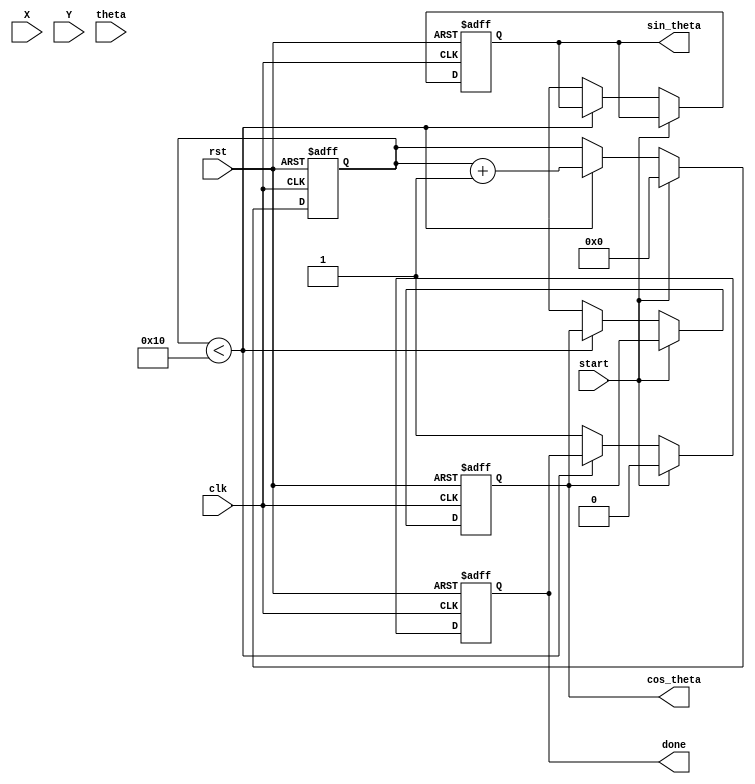
module cordic_floating_point (
    input wire clk,
    input wire rst,
    input wire start,
    input wire [31:0] X, // IEEE 754 single-precision floating-point
    input wire [31:0] Y, // IEEE 754 single-precision floating-point
    input wire [31:0] theta, // Angle in radians (IEEE 754 format)
    output reg [31:0] cos_theta, // Output cosine
    output reg [31:0] sin_theta, // Output sine
    output reg done
);

    // Parameters
    parameter NUM_ITERATIONS = 16; // Number of iterations for CORDIC
    parameter CORDIC_GAIN = 32'h3F1A36D8; // Approx 0.607 (as a fixed-point value)

    reg [31:0] x [0:NUM_ITERATIONS-1]; // X coordinates
    reg [31:0] y [0:NUM_ITERATIONS-1]; // Y coordinates
    reg [31:0] z [0:NUM_ITERATIONS-1]; // Angle values
    reg [4:0] iteration; // Iteration counter
    reg [31:0] angle_lookup [0:NUM_ITERATIONS-1]; // Lookup table for arctan values

    // Initialize arctan values for CORDIC
    initial begin
        angle_lookup[0] = 32'h3F000000; // atan(1) 
        angle_lookup[1] = 32'h3E4C6A3D; // atan(0.5)
        // Fill with more values as needed...
    end

    // CORDIC Iteration
    always @(posedge clk or posedge rst) begin
        if (rst) begin
            iteration <= 0;
            done <= 0;
            cos_theta <= 0;
            sin_theta <= 0;
        end else if (start) begin
            // Initialize coordinates
            x[0] <= X; // Input X
            y[0] <= Y; // Input Y
            z[0] <= theta; // Input theta

            iteration <= 0;
            done <= 0;
        end else if (iteration < NUM_ITERATIONS) begin
            // CORDIC rotation
            if (z[iteration] < 0) begin
                // Rotate clockwise
                x[iteration + 1] <= x[iteration] + (y[iteration] >> iteration);
                y[iteration + 1] <= y[iteration] - (x[iteration] >> iteration);
                z[iteration + 1] <= z[iteration] + angle_lookup[iteration];
            end else begin
                // Rotate counter-clockwise
                x[iteration + 1] <= x[iteration] - (y[iteration] >> iteration);
                y[iteration + 1] <= y[iteration] + (x[iteration] >> iteration);
                z[iteration + 1] <= z[iteration] - angle_lookup[iteration];
            end
            
            // Apply scaling factor
            x[iteration + 1] <= (x[iteration + 1] * CORDIC_GAIN) >> 31;
            y[iteration + 1] <= (y[iteration + 1] * CORDIC_GAIN) >> 31;

            iteration <= iteration + 1;
        end else begin
            // Output results
            cos_theta <= x[NUM_ITERATIONS];
            sin_theta <= y[NUM_ITERATIONS];
            done <= 1;
        end
    end

endmodule